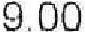
9.00